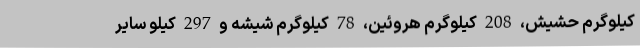
کیلوگرم حشیش، 208 کیلوگرم هروئین، 78 کیلوگرم شیشه و 297 کیلو سایر